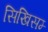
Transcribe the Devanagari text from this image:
सिखिसम्‍